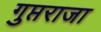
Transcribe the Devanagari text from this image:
गुप्तराजा